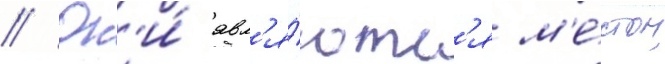
// Он'и́ явл'я́ютс'я м'е́стом